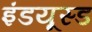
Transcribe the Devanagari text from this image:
इंडयूस्ड